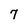
Character: 7